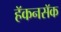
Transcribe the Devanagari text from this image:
हॅकनसॅक